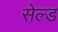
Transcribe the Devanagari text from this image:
सेल्ड